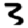
Digit: 3